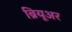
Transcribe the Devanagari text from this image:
ब्रियूअर